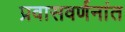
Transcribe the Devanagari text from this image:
प्रवासवर्णनांत